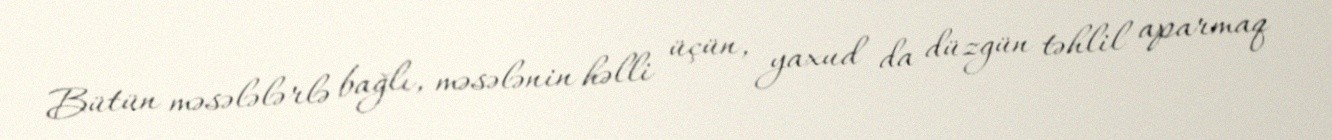
Bütün məsələlərlə bağlı, məsələnin həlli üçün, yaxud da düzgün təhlil aparmaq